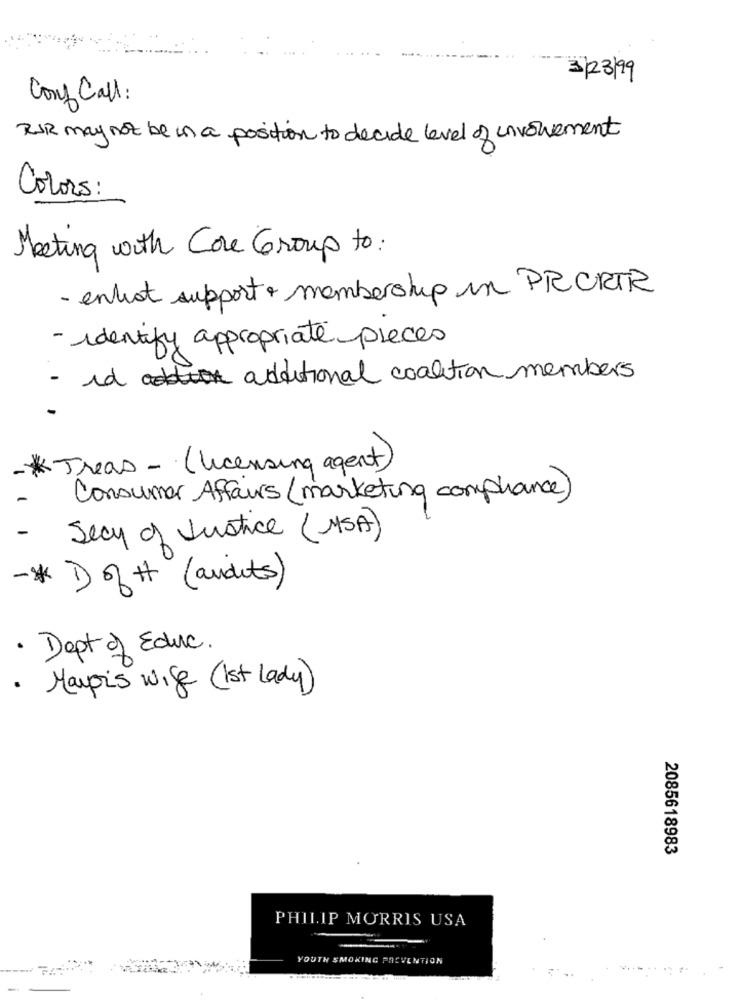
3/23/99
Conf Call:
RIR may not be in a position to decide level of involvement
Colors :
Meeting with Core Group to :
- enkrat support membership in PRORTR
- identify appropriate pieces
- id additional coalition members
* Treas - (licensing agent)
Consumer Affairs (marketing compliance)
Secy of Justice (MSA)
-* 1) of ++ (andits)
· Dept of Educ.
· Marois wife (1st Lady)
2085618983
PHILIP MORRIS USA
YOUTH SMOKING PREVENTION
...